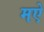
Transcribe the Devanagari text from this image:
मऐ